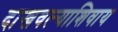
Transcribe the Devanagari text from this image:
दाखवल्याशिवाय